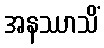
အနဿာသိံ